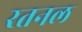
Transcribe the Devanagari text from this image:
रतनल